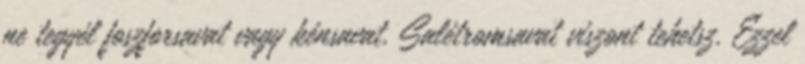
ne tegyél foszforsavat vagy kénsavat. Salétromsavat viszont tehetsz. Ezzel